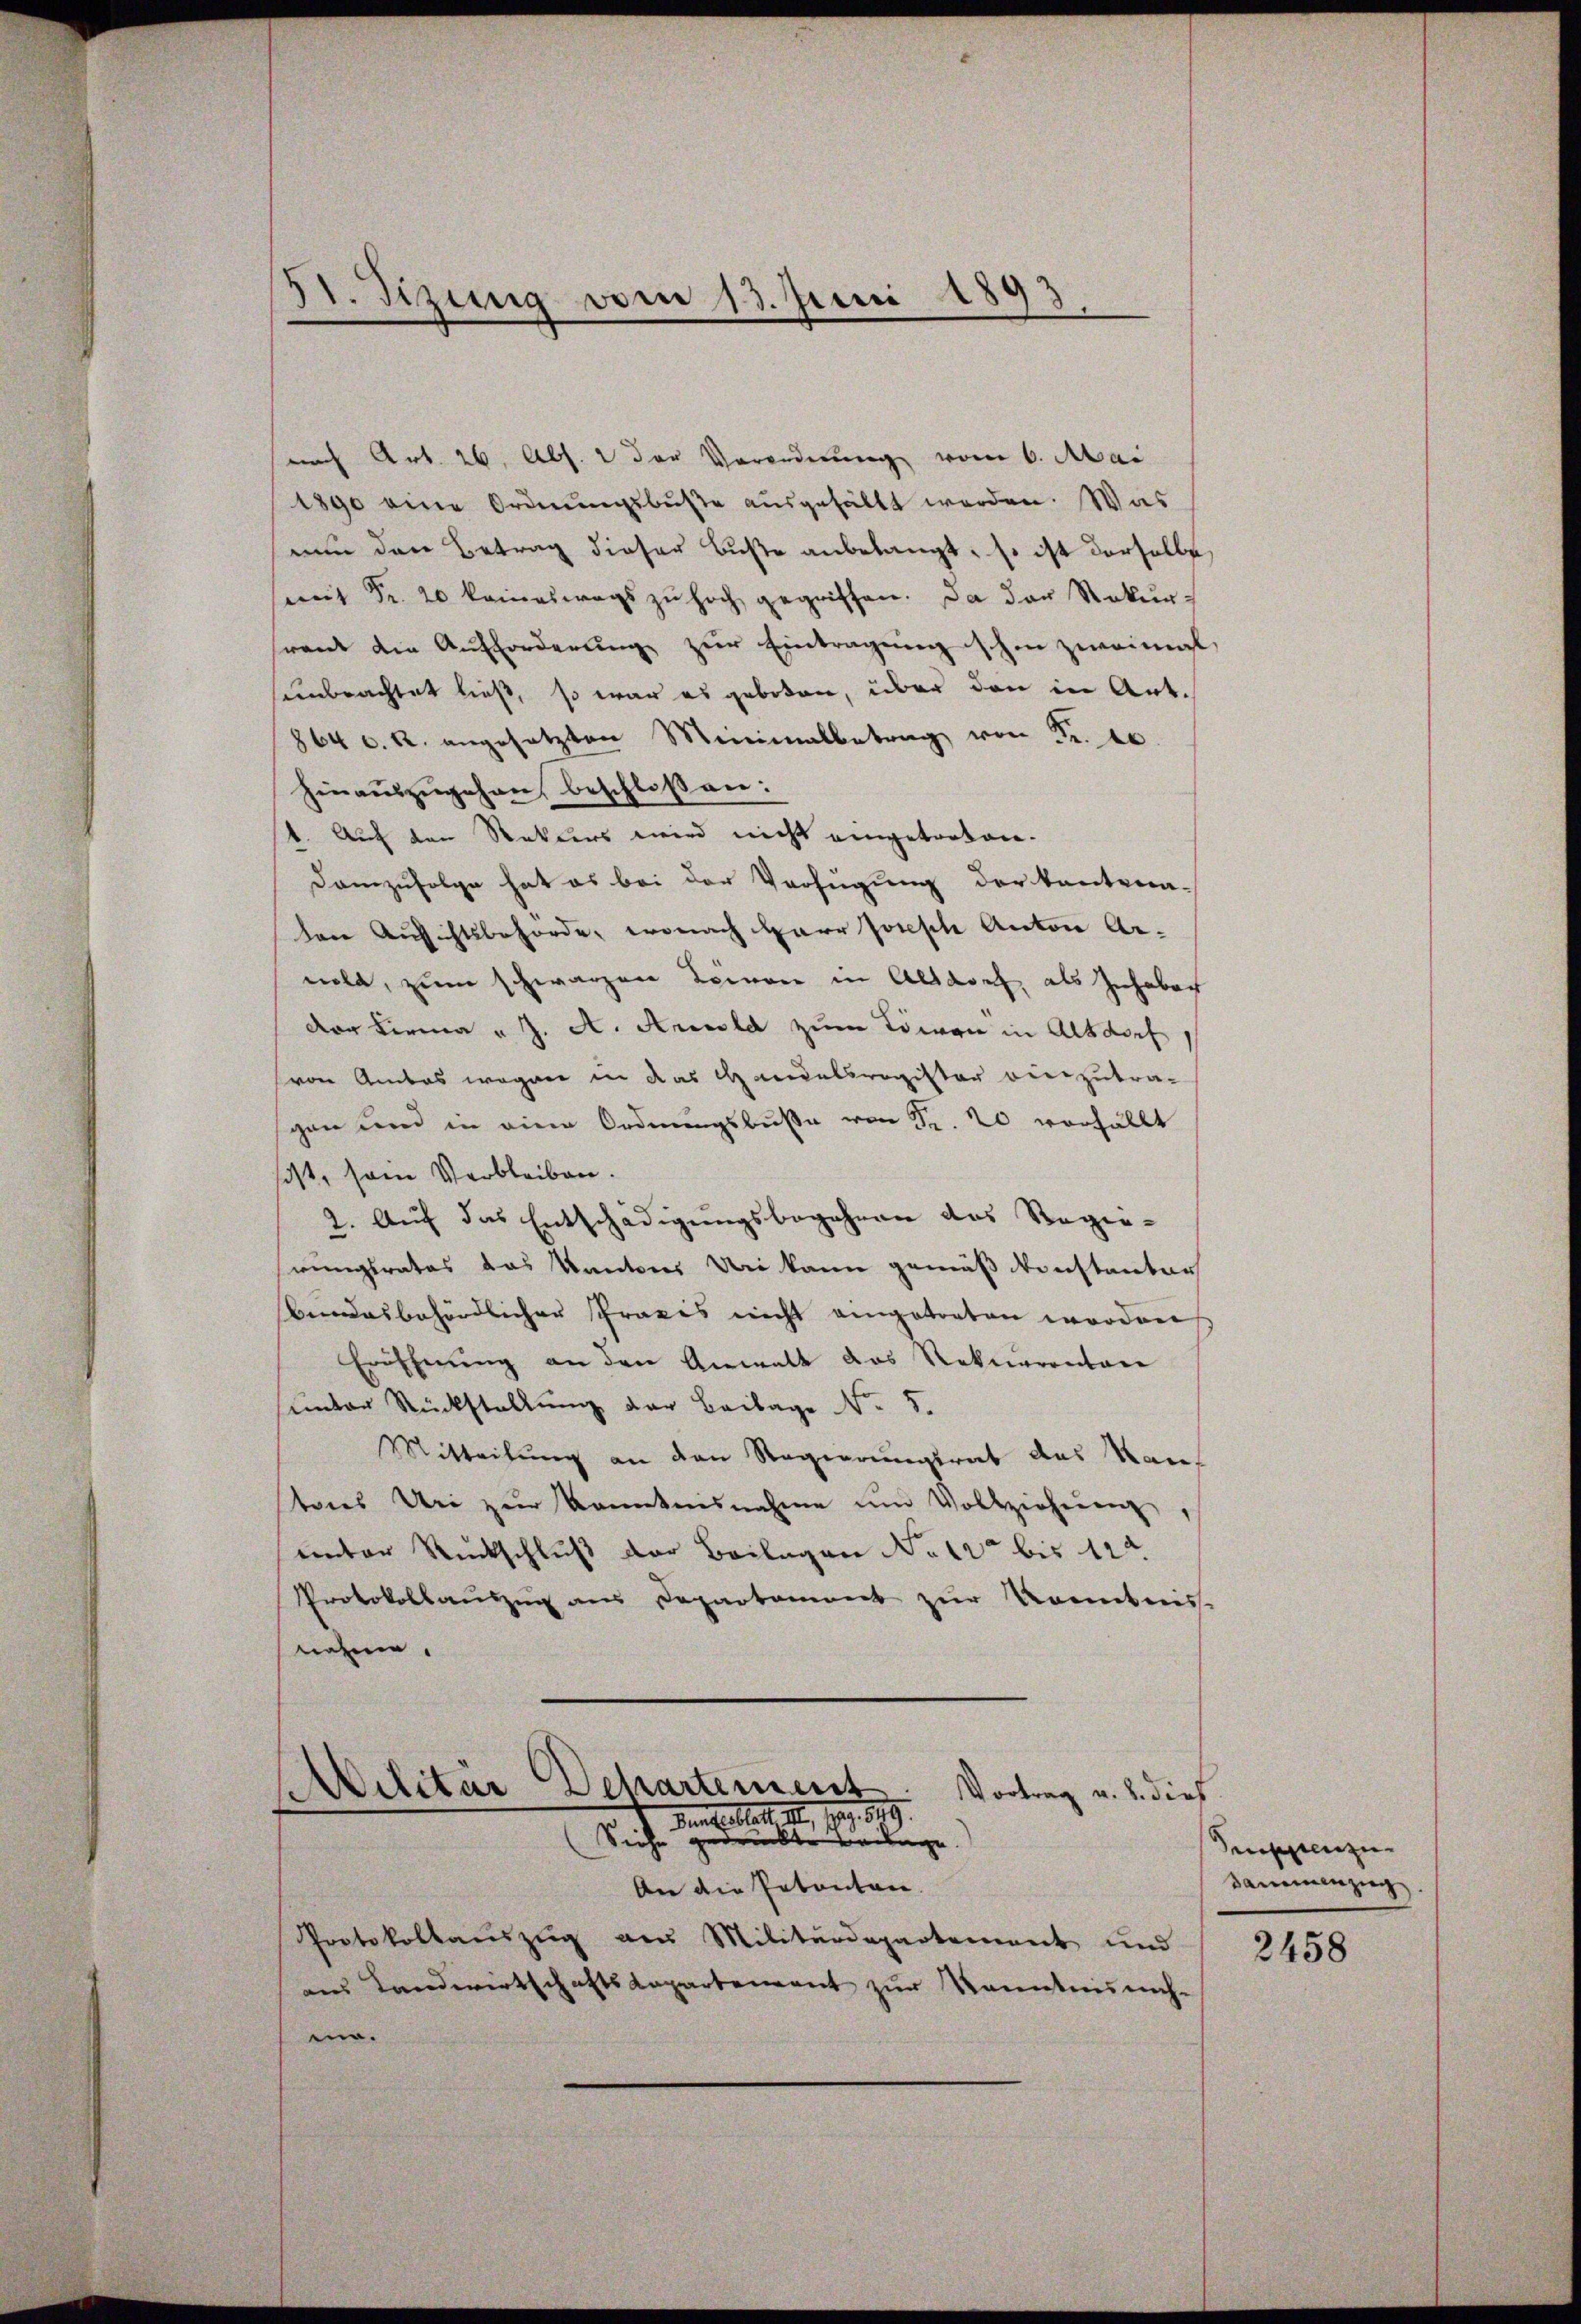
St. Sizung vom 13. Juni 189
d
t

nach Art. 26. Abs. 2 der Verordnung vom 6. Mai
1890 eine Ordnungsbuße ausgehältt werden. Was
nun den Betrag dieser Buße anbelangt, so ist derselbe,
mit Fr. 20 keineswegs zŭ hoch gegriffen. Da der Rekur-
rant die Aufforderŭng zŭr Eintragung schon zweimal
unbrachtet ließ, so war es geboten, über den in Art.
864 C. R. angesetzten Minimalbetrag von Fr. 10.
hinaŭszŭgehen beschloßen:
1. Auch den Rekurs wird nicht eingetreten.
Demzufolge hat es bei der Verfügung der kantena-
lene Aufsichtsbehörde, wonach Herr Jonesche Anton Arnold, zum schwarzen Leinen in Altdorf als Inhaber
der Firma „J. A. Arnold zum Löwen in Altdorf
von Amtes wegen in das Handelsregister vierzutraschen und in eine Ordnungsbuße von Fr. 20 vorfällt
sist, sein Verbleiben.
2. Aŭf das Entschädigŭngsbegehren das Regie-
einigtrates das Kantons Uri kann gemäß Konstanter
bundesbehördlicher Praxis nicht eingetreten worden
Eröffnung an den Anwalt das Rekurrentare
sunter Rückstellung der Beilage No. 5.
Mitteilung an den Regierungsrat des Kauf
tores Uri zŭr Kenntnisnahme ŭm Vollziehereng
unter Rückschluß der Beilagen No 12ten bis 120.
Protokollauszug aus Departament zur Kenntnis-
nahme.

Militär Dchartement. Vortrag u. 2. dies
Denselbert. 14t, pag. 849.
Siehe gedruckte Beilage.
An die Petenten.

Protokollauszug aus Militärdepartement und
aus Landwirtschaftskapartement zur Kenntnis nach-
e.

Puppenze
Sammenzug

2458